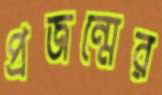
প্রজন্মের